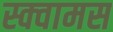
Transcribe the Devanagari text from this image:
स्क्वामस